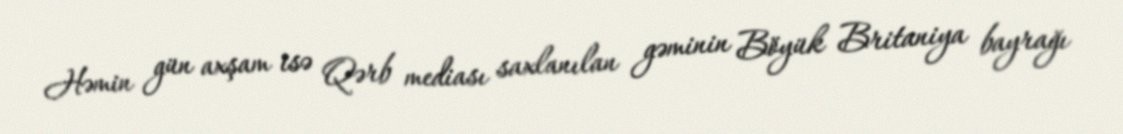
Həmin gün axşam isə Qərb mediası saxlanılan gəminin Böyük Britaniya bayrağı